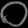
Digit: ၀